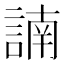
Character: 諵